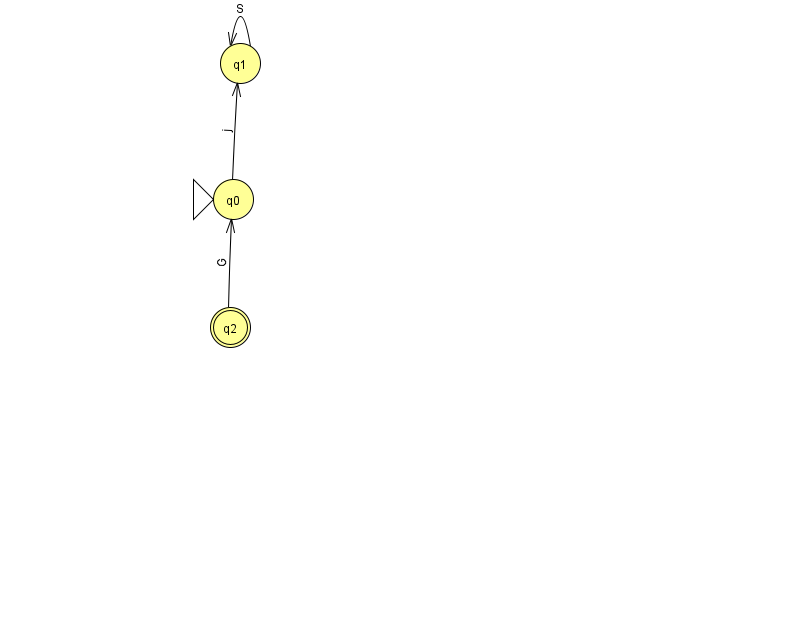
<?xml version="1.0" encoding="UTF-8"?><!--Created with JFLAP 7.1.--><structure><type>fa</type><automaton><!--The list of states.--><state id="0" name="q0"><x>233.0</x><y>186.0</y><initial/></state><state id="1" name="q1"><x>240.0</x><y>50.0</y></state><state id="2" name="q2"><x>230.0</x><y>314.0</y><final/></state><!--The list of transitions.--><transition><from>1</from><to>1</to><read>S</read></transition><transition><from>2</from><to>0</to><read>G</read></transition><transition><from>0</from><to>1</to><read>j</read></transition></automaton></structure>